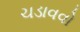
ચડાવવો